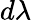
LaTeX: d\lambda